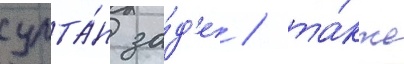
султа́н за́д'е / та́кже